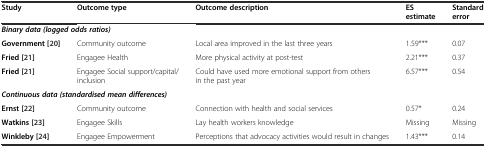
<table><thead><tr><td><b>Study</b></td><td><b>Outcome type</b></td><td><b>Outcome description</b></td><td><b>ES estimate</b></td><td><b>Standard error</b></td></tr></thead><tbody><tr><td colspan="2"><b><i>Binary data (logged odds ratios)</i></b></td><td></td><td></td><td></td></tr><tr><td><b>Government</b><b>[</b>20<b>]</b></td><td>Community outcome</td><td>Local area improved in the last three years</td><td>1.59***</td><td>0.07</td></tr><tr><td><b>Fried</b><b>[</b>21<b>]</b></td><td>Engagee Health</td><td>More physical activity at post-test</td><td>2.21***</td><td>0.37</td></tr><tr><td><b>Fried</b><b>[</b>21<b>]</b></td><td>Engagee Social support/capital/inclusion</td><td>Could have used more emotional support from others in the past year</td><td>6.57***</td><td>0.54</td></tr><tr><td colspan="2"><b><i>Continuous data (standardised mean differences)</i></b></td><td></td><td></td><td></td></tr><tr><td><b>Ernst</b><b>[</b>22<b>]</b></td><td>Community outcome</td><td>Connection with health and social services</td><td>0.57*</td><td>0.24</td></tr><tr><td><b>Watkins</b><b>[</b>23<b>]</b></td><td>Engagee Skills</td><td>Lay health workers knowledge</td><td>Missing</td><td>Missing</td></tr><tr><td><b>Winkleby</b><b>[</b>24<b>]</b></td><td>Engagee Empowerment</td><td>Perceptions that advocacy activities would result in changes</td><td>1.43***</td><td>0.14</td></tr></tbody></table>